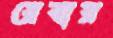
রেবার